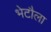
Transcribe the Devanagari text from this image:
भेटौला